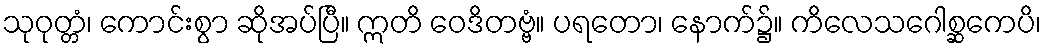
သုဝုတ္တံ၊ ကောင်းစွာ ဆိုအပ်ပြီ။ ဣတိ ဝေဒိတဗ္ဗံ။ ပရတော၊ နောက်၌။ ကိလေသဂေါစ္ဆကေပိ၊